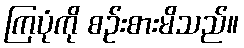
ကြပုံကို စဉ်းစားမိသည်။